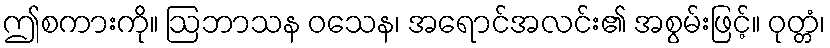
ဤစကားကို။ ဩဘာသန ဝသေန၊ အရောင်အလင်း၏ အစွမ်းဖြင့်။ ဝုတ္တံ၊